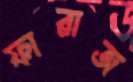
ফারাজ